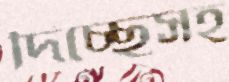
দিচ্ছেসহ